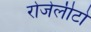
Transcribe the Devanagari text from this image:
रोजेलीटो